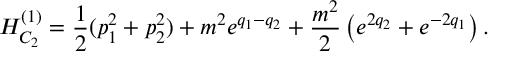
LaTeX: { \cal H } _ { C _ { 2 } } ^ { ( 1 ) } = { \frac { 1 } { 2 } } ( p _ { 1 } ^ { 2 } + p _ { 2 } ^ { 2 } ) + m ^ { 2 } e ^ { q _ { 1 } - q _ { 2 } } + { \frac { m ^ { 2 } } { 2 } } \left( e ^ { 2 q _ { 2 } } + e ^ { - 2 q _ { 1 } } \right) .